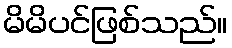
မိမိပင်ဖြစ်သည်။